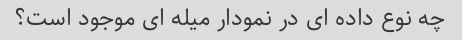
چه نوع داده ای در نمودار میله ای موجود است؟